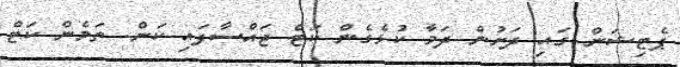
ޕެޓިޝަން ގައި ދަށުން ދަމާ ކުޅެގެން ކަޓް ޖައްސާފައި ކަން. ތަމެން ކަޓް